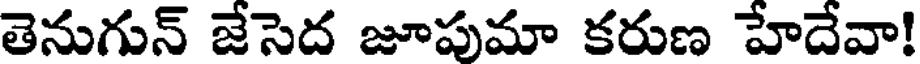
తెనుగున్ జేసెద జూపుమా కరుణ హేదేవా!